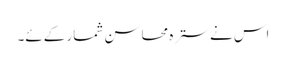
اس نے سترہ محاسن شمار کےئے۔